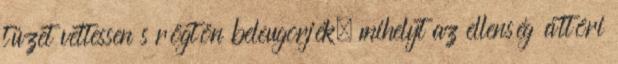
tüzet vettessen s rögtön beleugorjék, mihelyt az ellenség áttöri